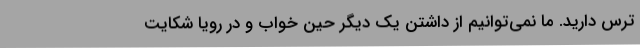
ترس دارید. ما نمی‌توانیم از داشتن یک دیگر حین خواب و در رویا شکایت